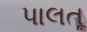
પાલતૂ